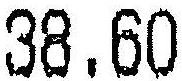
38.60